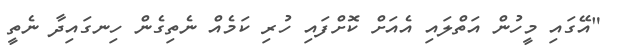
"އޭގައި މީހުން އަތްލައި އެއަށް ކޮށްފައި ހުރި ކަމެއް ނެތިގެން ހިނގައިދާ ނެތީ